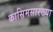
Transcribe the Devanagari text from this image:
कासिमसारख्या